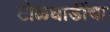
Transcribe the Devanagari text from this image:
टोळधाडींचा